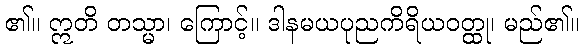
၏။ ဣတိ တသ္မာ၊ ကြောင့်။ ဒါနမယပုညကိရိယဝတ္ထု၊ မည်၏။